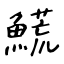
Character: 𩺊